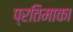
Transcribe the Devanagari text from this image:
प्रतिमाका